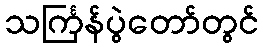
သင်္ကြန်ပွဲတော်တွင်